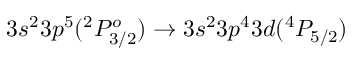
3 s ^ { 2 } 3 p ^ { 5 } ( ^ { 2 } P _ { 3 / 2 } ^ { o } ) \rightarrow 3 s ^ { 2 } 3 p ^ { 4 } 3 d ( ^ { 4 } P _ { 5 / 2 } )